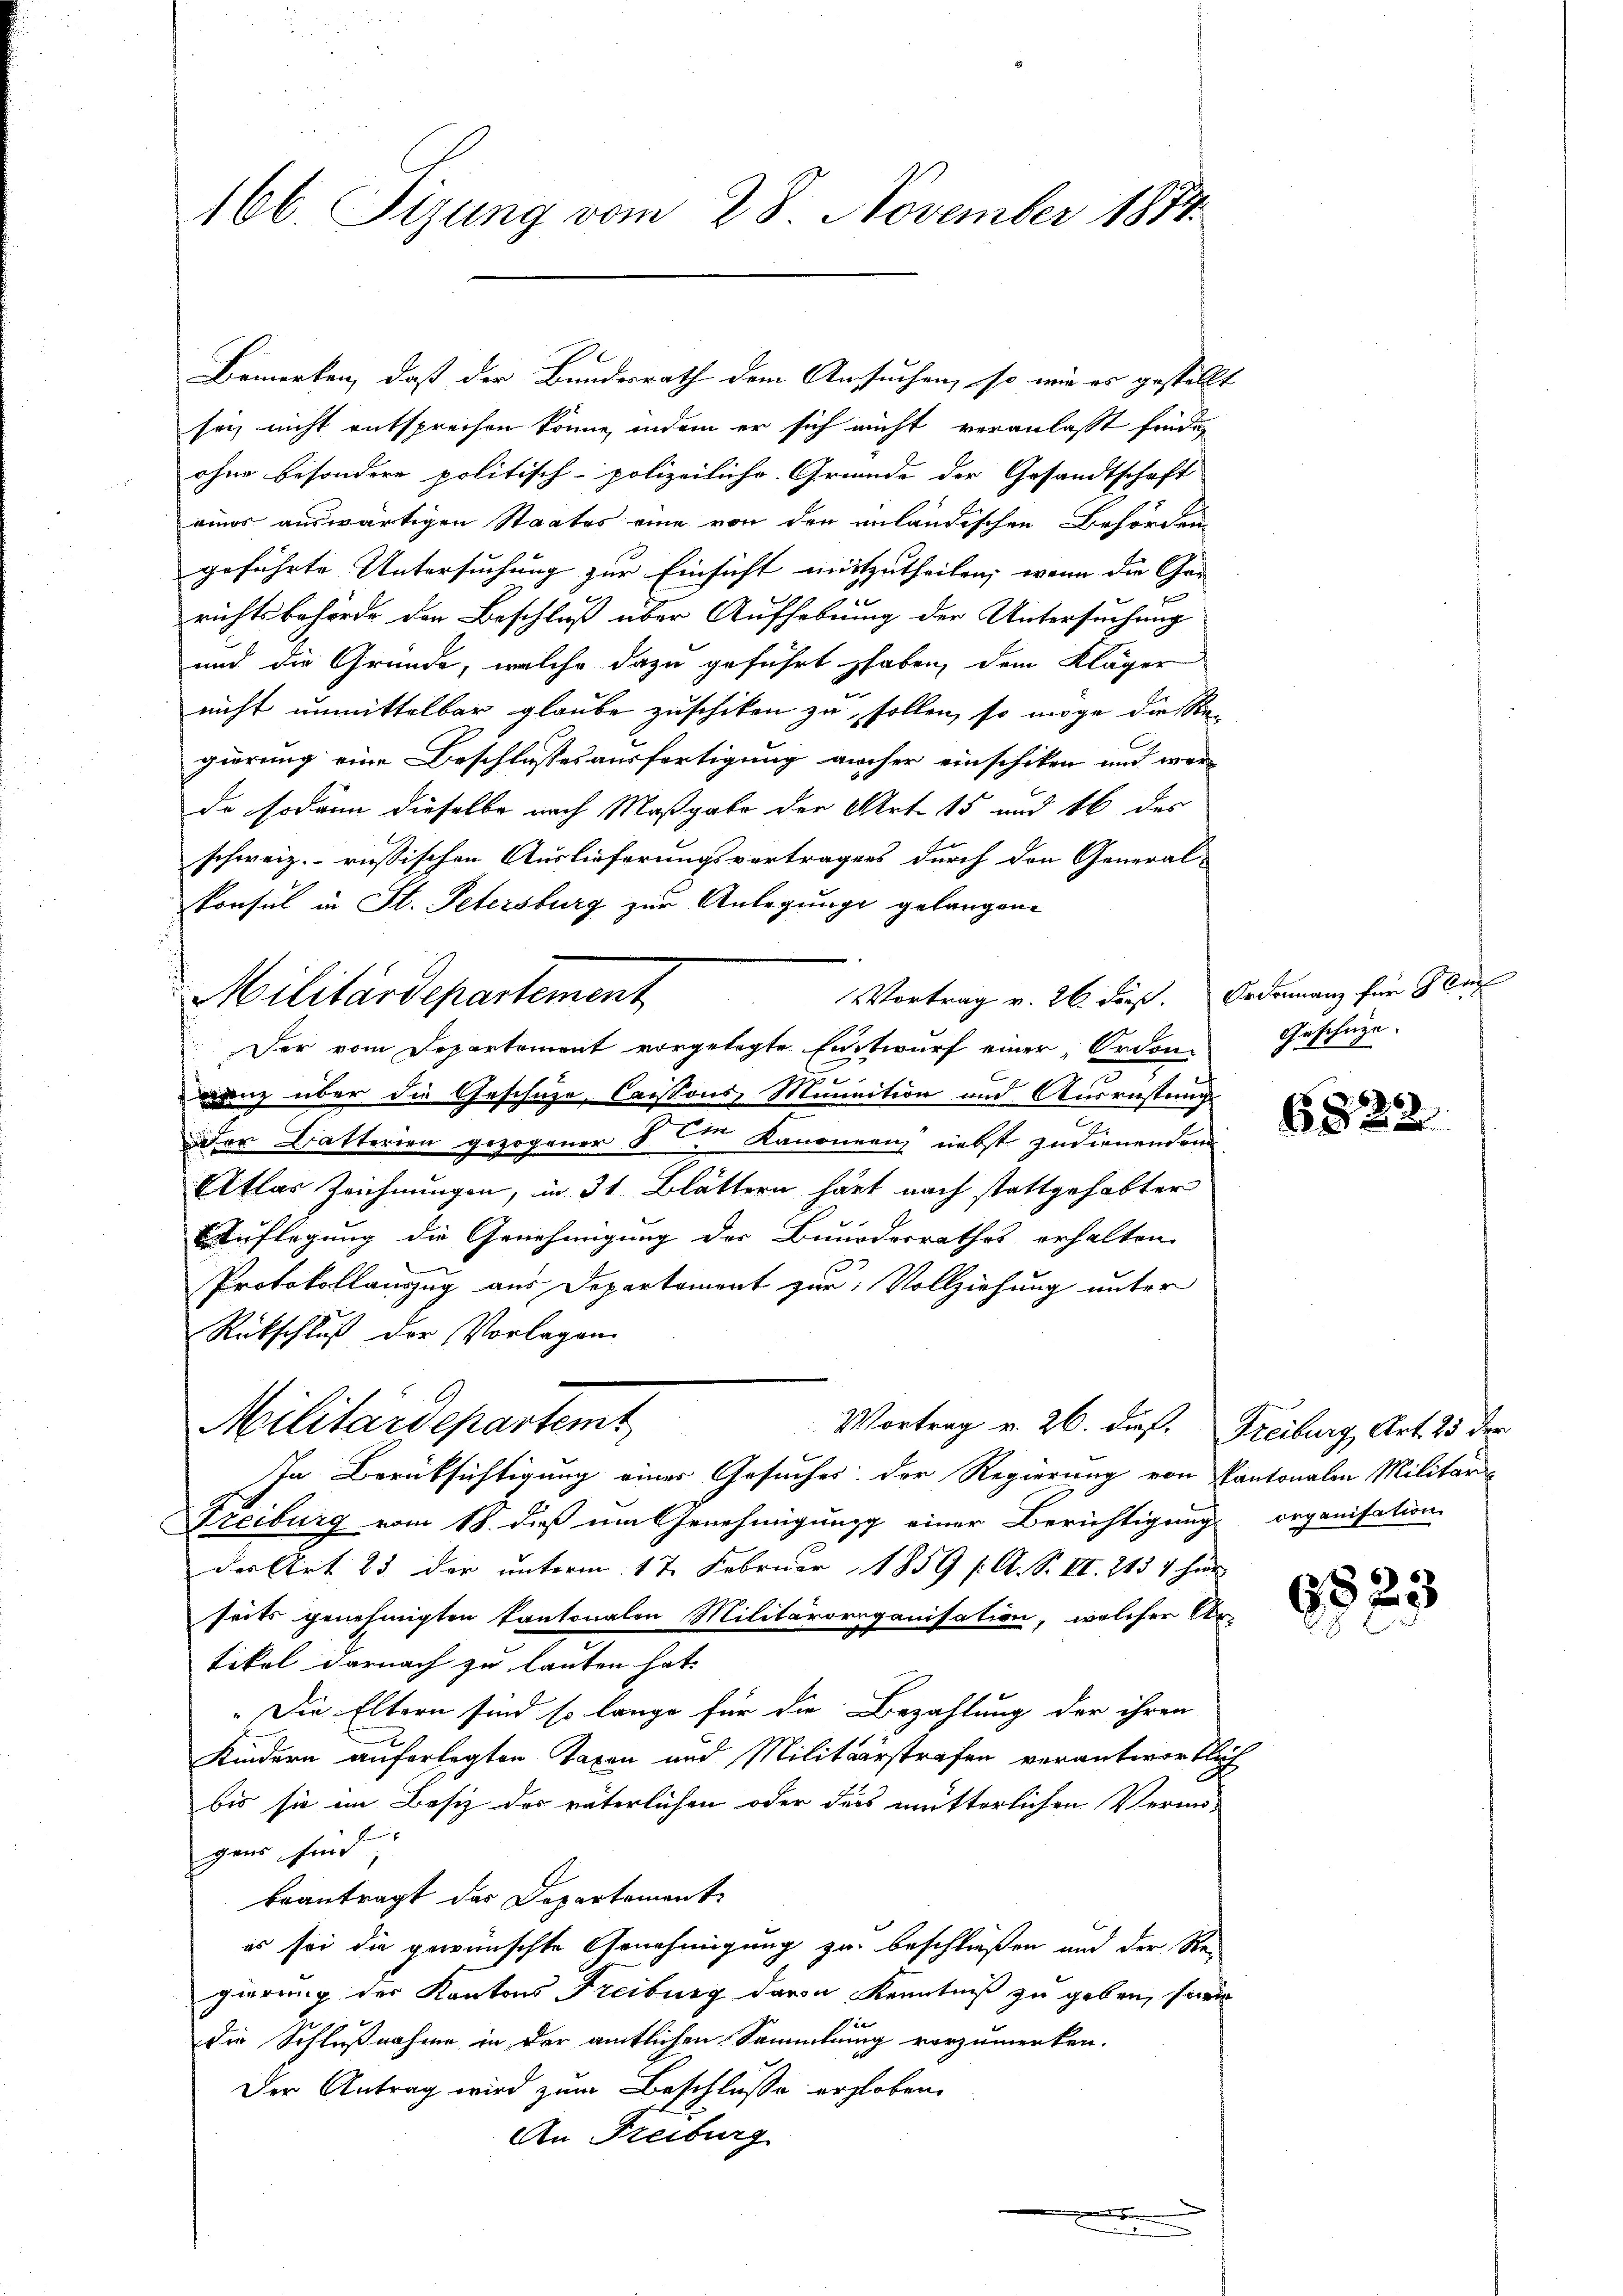
166. Sizung vom 28. November 1874.

Bemerken, daß der Bundesrath dem Ansuchen, so wir es gestellt
sei, nicht entsprechen könne, indem er sich nicht veranlaßt finde,
ohne besondere politisch-polizeiliche Gründe der Gesandtschaft
eines auswärtigen Staates eine von den unländischen Behörden
geführte Untersuchung zur Einsicht mitzutheilen, wenn die Gar-
richtsbehörde den Beschluß über Aufhebung der Untersuchung
und die Gründe, welche dazu geführt haben, dem Kläger
nicht unmittelbar glaube zuschiken zu, sollen, so möge die Re-
gierung eine Beschlusses ausfertigung aucher einschiken und werde sodann dieselbe nach Maßgabe der Art. 15 und 16 des
schweiz.- russischen Auslieferungsverträgers durch den General-
konsul in St. Petersburg zur Anlegunge gelangene
VVortrag v. 26. dieß. Ordonanz für Gen
Militärdepartement
Der vom Departement vorgelegte Entwurf einer Ordon-
e
ganz über die Geschüze, laissens Munition und Ausrüstung
Der Batterien gezogener 5 Kanonen nebst zudienenden
Atlas Zeichnungen, in 31. Blättern härt nach stattgehabter
Auflegung die Genehmigung der Bunderrathes erhalten.
.
Protokollauszug aus Departement zur Vollziehung unter
Rückschluß der Vorlagen
Militärdepartemt
Vortrag v. 26. dieß. Freiburg, Art. 25 der
In Berüksichtigung eines Gesuches der Regierung von Pantonalen Militär-
Freiburg vom 18. daß im Genehmigung einer Berichtigung organisation
des Art. 23 der unterm 17. Februar 1859 f. A. S. II. 2434 hier
seits genehmigten Kantonalen Militärorganisation, welcher Ur-
tikel darnach zu lauten hat.
" Die Eltern sind so lange für die Bezahlung der ihren
Kindern auferlegten Taxen und Militärstrafen verantwortlich
bis sie im Besiz des väterlichen oder dass mütterlichen Verangens sind
beantragt der Departement
es sei die gewünschte Genehmigung zu beschließen und der Re
gierung des Kantons Freiburg davon Kenntniß zu geben, sowie
die Schlußnahme in der amtlichen Sammlung vorzumerken.
Der Antrag wird zum Beschlüsse erhoben.
An Freiburg

Geschüze.

6822

6823